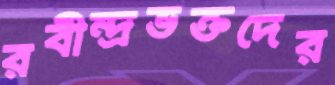
রবীন্দ্রভক্তদের